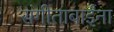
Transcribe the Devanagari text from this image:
संगीताबाईंना